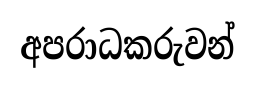
අපරාධකරුවන්